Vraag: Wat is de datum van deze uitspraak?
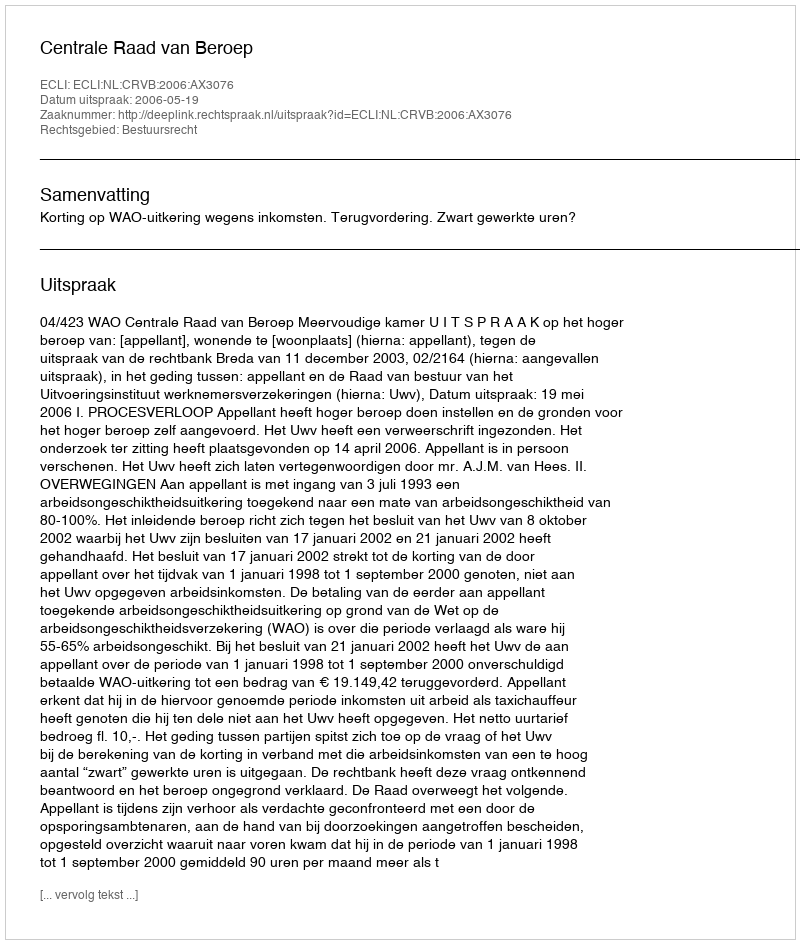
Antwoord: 2006-05-19